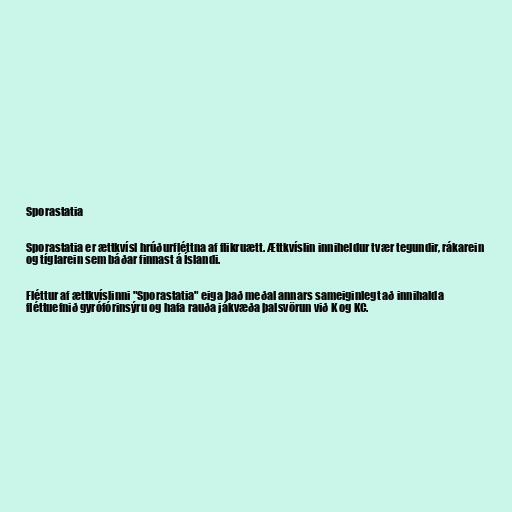
Sporastatia

Sporastatia er ættkvísl hrúðurfléttna af flikruætt. Ættkvíslin inniheldur tvær tegundir, rákarein
og tíglarein sem báðar finnast á Íslandi.

Fléttur af ættkvíslinni "Sporastatia" eiga það meðal annars sameiginlegt að innihalda
fléttuefnið gyrófórinsýru og hafa rauða jákvæða þalsvörun við K og KC.